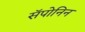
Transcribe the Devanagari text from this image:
सॅपोनिन